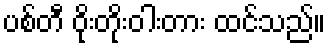
ပစ်တီ ဝိုးတိုးဝါးတား ထင်သည်။